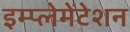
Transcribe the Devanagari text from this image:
इम्प्लेमेंटेशन